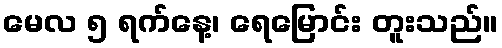
မေလ ၅ ရက်နေ့၊ ရေမြောင်း တူးသည်။